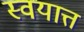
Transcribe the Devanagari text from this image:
स्वयात्त